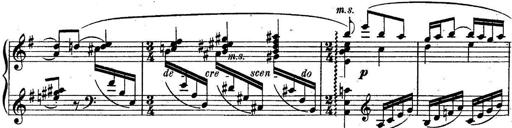
Title: Sonatine
Composer: Adrian Shaposhnikov
Key: E minor